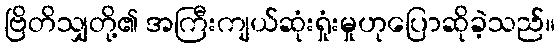
ဗြိတိသျှတို့၏ အကြီးကျယ်ဆုံးရှုံးမှုဟုပြောဆိုခဲ့သည်။